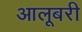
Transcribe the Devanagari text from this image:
आलूबरी